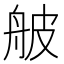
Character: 𦨭